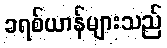
ခရစ်ယာန်များသည်